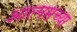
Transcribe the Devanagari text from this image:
आल्पसच्या